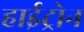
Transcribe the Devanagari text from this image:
हाईट्रोन